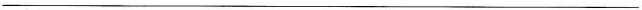
___